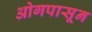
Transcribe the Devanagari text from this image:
ओगपासून